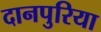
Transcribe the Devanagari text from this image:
दानपुरिया